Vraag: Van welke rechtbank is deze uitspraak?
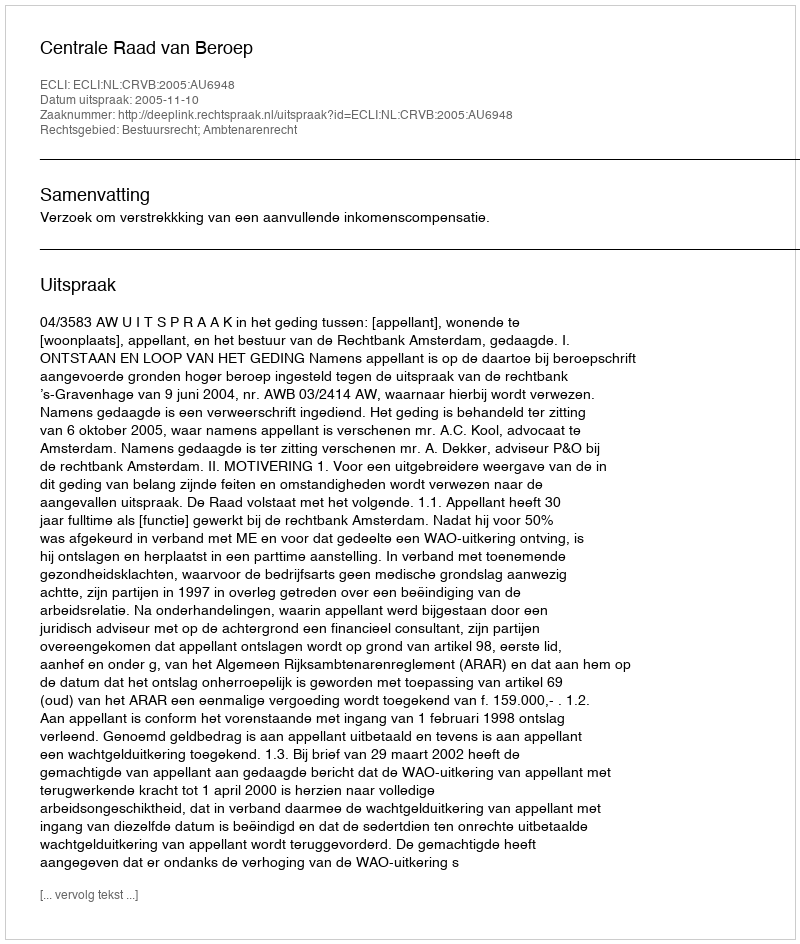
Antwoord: Centrale Raad van Beroep